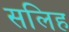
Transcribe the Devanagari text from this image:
सलिह